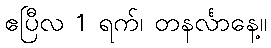
ဧပြီလ 1 ရက်၊ တနင်္လာနေ့။